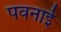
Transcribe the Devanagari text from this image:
पवनाई